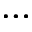
\cdots